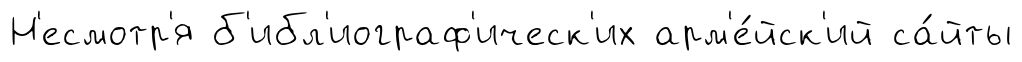
Н'есмотр'я б'ибл'иограф'ическ'их арм'е́йск'ий са́йты